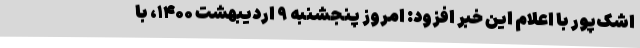
اشک‌پور با اعلام این خبر افزود: امروز پنجشنبه ۹ اردیبهشت ۱۴۰۰، با